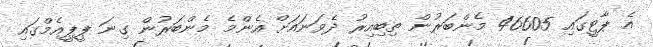
އެ ޕާޓީގައި 46605 މެންބަރުން ތިބިއިރު ދެވަނައަށް އެންމެ މެންބަރުން ގިނަ ޕީޕީއެމްގައި